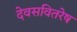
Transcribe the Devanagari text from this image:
देवसवितरेष